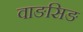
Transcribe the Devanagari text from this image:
वाङसिङ